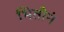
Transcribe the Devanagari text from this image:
भितीनं